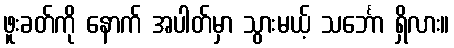
ဖူးခတ်ကို နောက် အပါတ်မှာ သွားမယ့် သင်္ဘော ရှိလား။